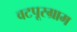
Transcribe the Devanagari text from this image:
वटपूरग्राम